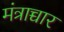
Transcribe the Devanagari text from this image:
मंत्राच्चार